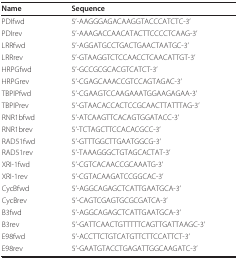
<table><thead><tr><td><b>Name</b></td><td><b>Sequence</b></td></tr></thead><tbody><tr><td>PDIfwd</td><td>5&#x27;-AAGGGAGACAAGGTACCCATCTC-3&#x27;</td></tr><tr><td>PDIrev</td><td>5&#x27;-AAAGACCAACATACTTCCCCTCAAG-3&#x27;</td></tr><tr><td>LRRfwd</td><td>5&#x27;-AGGATGCCTGACTGAACTAATGC-3&#x27;</td></tr><tr><td>LRRrev</td><td>5&#x27;-GTAAGGTCTCCAACCTCAACATTGT-3&#x27;</td></tr><tr><td>HRPGfwd</td><td>5&#x27;-GCCGCGCACGTCATCT-3&#x27;</td></tr><tr><td>HRPGrev</td><td>5&#x27;-CGAGCAAACCGTCCAGTAGAC-3&#x27;</td></tr><tr><td>TBPIPfwd</td><td>5&#x27;-CGAAGTCCAAGAAATGGAAGAGAA-3&#x27;</td></tr><tr><td>TBPIPrev</td><td>5&#x27;-GTAACACCACTCCGCAACTTATTTAG-3&#x27;</td></tr><tr><td>RNR1bfwd</td><td>5&#x27;-ATCAAGTTCACAGTGGATACC-3&#x27;</td></tr><tr><td>RNR1brev</td><td>5&#x27;-TCTAGCTTCCACACGCC-3&#x27;</td></tr><tr><td>RAD51fwd</td><td>5&#x27;-GTTTGGCTTGAATGGCG-3&#x27;</td></tr><tr><td>RAD51rev</td><td>5&#x27;-TAAAGGGCTGTAGCACTAT-3&#x27;</td></tr><tr><td>XRI-1fwd</td><td>5&#x27;-CGTCACAACCGCAAATG-3&#x27;</td></tr><tr><td>XRI-1rev</td><td>5&#x27;-CGTACAAGATCCGGCAC-3&#x27;</td></tr><tr><td>CycBfwd</td><td>5&#x27;-AGGCAGAGCTCATTGAATGCA-3&#x27;</td></tr><tr><td>CycBrev</td><td>5&#x27;-CAGTCGAGTGCGCGATCA-3&#x27;</td></tr><tr><td>B3fwd</td><td>5&#x27;-AGGCAGAGCTCATTGAATGCA-3&#x27;</td></tr><tr><td>B3rev</td><td>5&#x27;-GATTCAACTGTTTTTCAGTTGATTAAGC-3&#x27;</td></tr><tr><td>E98fwd</td><td>5&#x27;-ACCTTCTGTCATGTTCTTCCATTCT-3&#x27;</td></tr><tr><td>E98rev</td><td>5&#x27;-GAATGTACCTGAGATTGGCAAGATC-3&#x27;</td></tr></tbody></table>